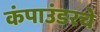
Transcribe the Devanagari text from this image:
कंपाउंडरचे